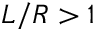
L / R > 1